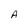
Character: A